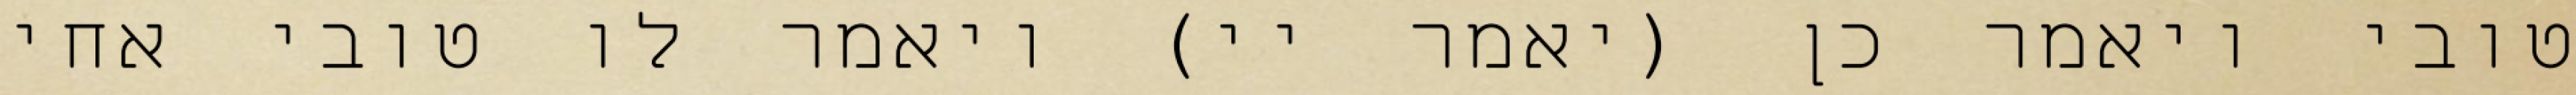
טובי ויאמר כן (יאמר יי) ויאמר לו טובי אחי